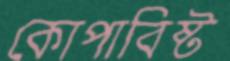
কোপাবিষ্ট